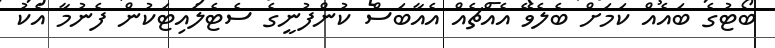
ބޯޓުގެ ބައެއް ކަމަށް ބެލެވޭ އެއްޗެއް އެއާބަސް ކުންފުނީގެ ސެޓެލައިޓަކުން ފެނުމާ އެކު